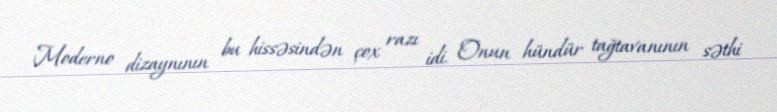
Moderno dizaynının bu hissəsindən çox razı idi. Onun hündür tağtavanının səthi